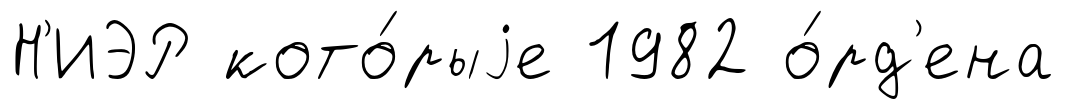
Н'ИЭР кото́рыjе 1982 о́рд'ена